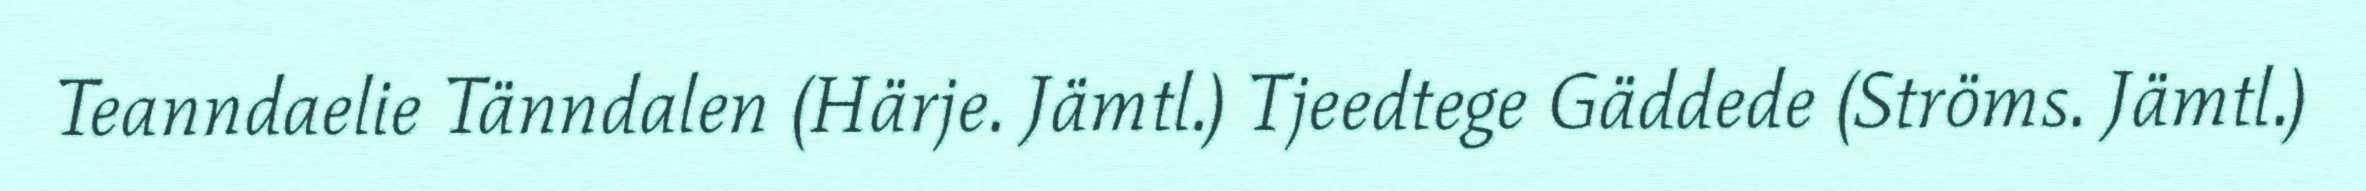
Teanndaelie Tänndalen (Härje. Jämtl.) Tjeedtege Gäddede (Ströms. Jämtl.)